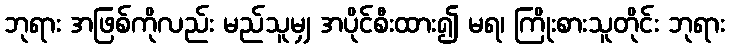
ဘုရား အဖြစ်ကိုလည်း မည်သူမျှ အပိုင်စီးထား၍ မရ၊ ကြိုးစားသူတိုင်း ဘုရား